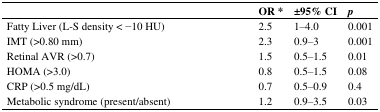
<table><thead><tr><td></td><td><b>OR *</b></td><td><b>±95% CI</b></td><td><b><i>p</i></b></td></tr></thead><tbody><tr><td>Fatty Liver (L-S density &lt; −10 HU)</td><td>2.5</td><td>1–4.0</td><td>0.001</td></tr><tr><td>IMT (&gt;0.80 mm)</td><td>2.3</td><td>0.9–3</td><td>0.001</td></tr><tr><td>Retinal AVR (&gt;0.7)</td><td>1.5</td><td>0.5–1.5</td><td>0.01</td></tr><tr><td>HOMA (&gt;3.0)</td><td>0.8</td><td>0.5–1.5</td><td>0.08</td></tr><tr><td>CRP (&gt;0.5 mg/dL)</td><td>0.7</td><td>0.5–0.9</td><td>0.4</td></tr><tr><td>Metabolic syndrome (present/absent)</td><td>1.2</td><td>0.9–3.5</td><td>0.03</td></tr></tbody></table>